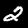
Digit: 2